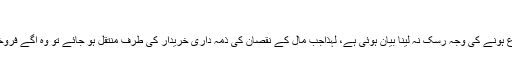
”
ان حضرات کے بقول یہاں قبضہ سے قبل فروخت ممنوع ہونے کی وجہ رسک نہ لینا بیان ہوئی ہے، لہٰذاجب مال کے نقصان کی ذمہ داری خریدار کی طرف منتقل ہو جائے تو وہ آگے فروخت کرسکتا ہے،دوسری جگہ منتقل کرناضروری نہیں ۔